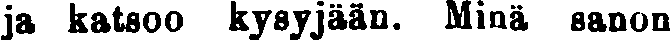
ja katsoo kysyjään. Minä sanon